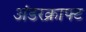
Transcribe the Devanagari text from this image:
अंडरक्राफ्ट